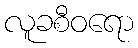
လူခစီဝရော